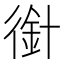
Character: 𢔿